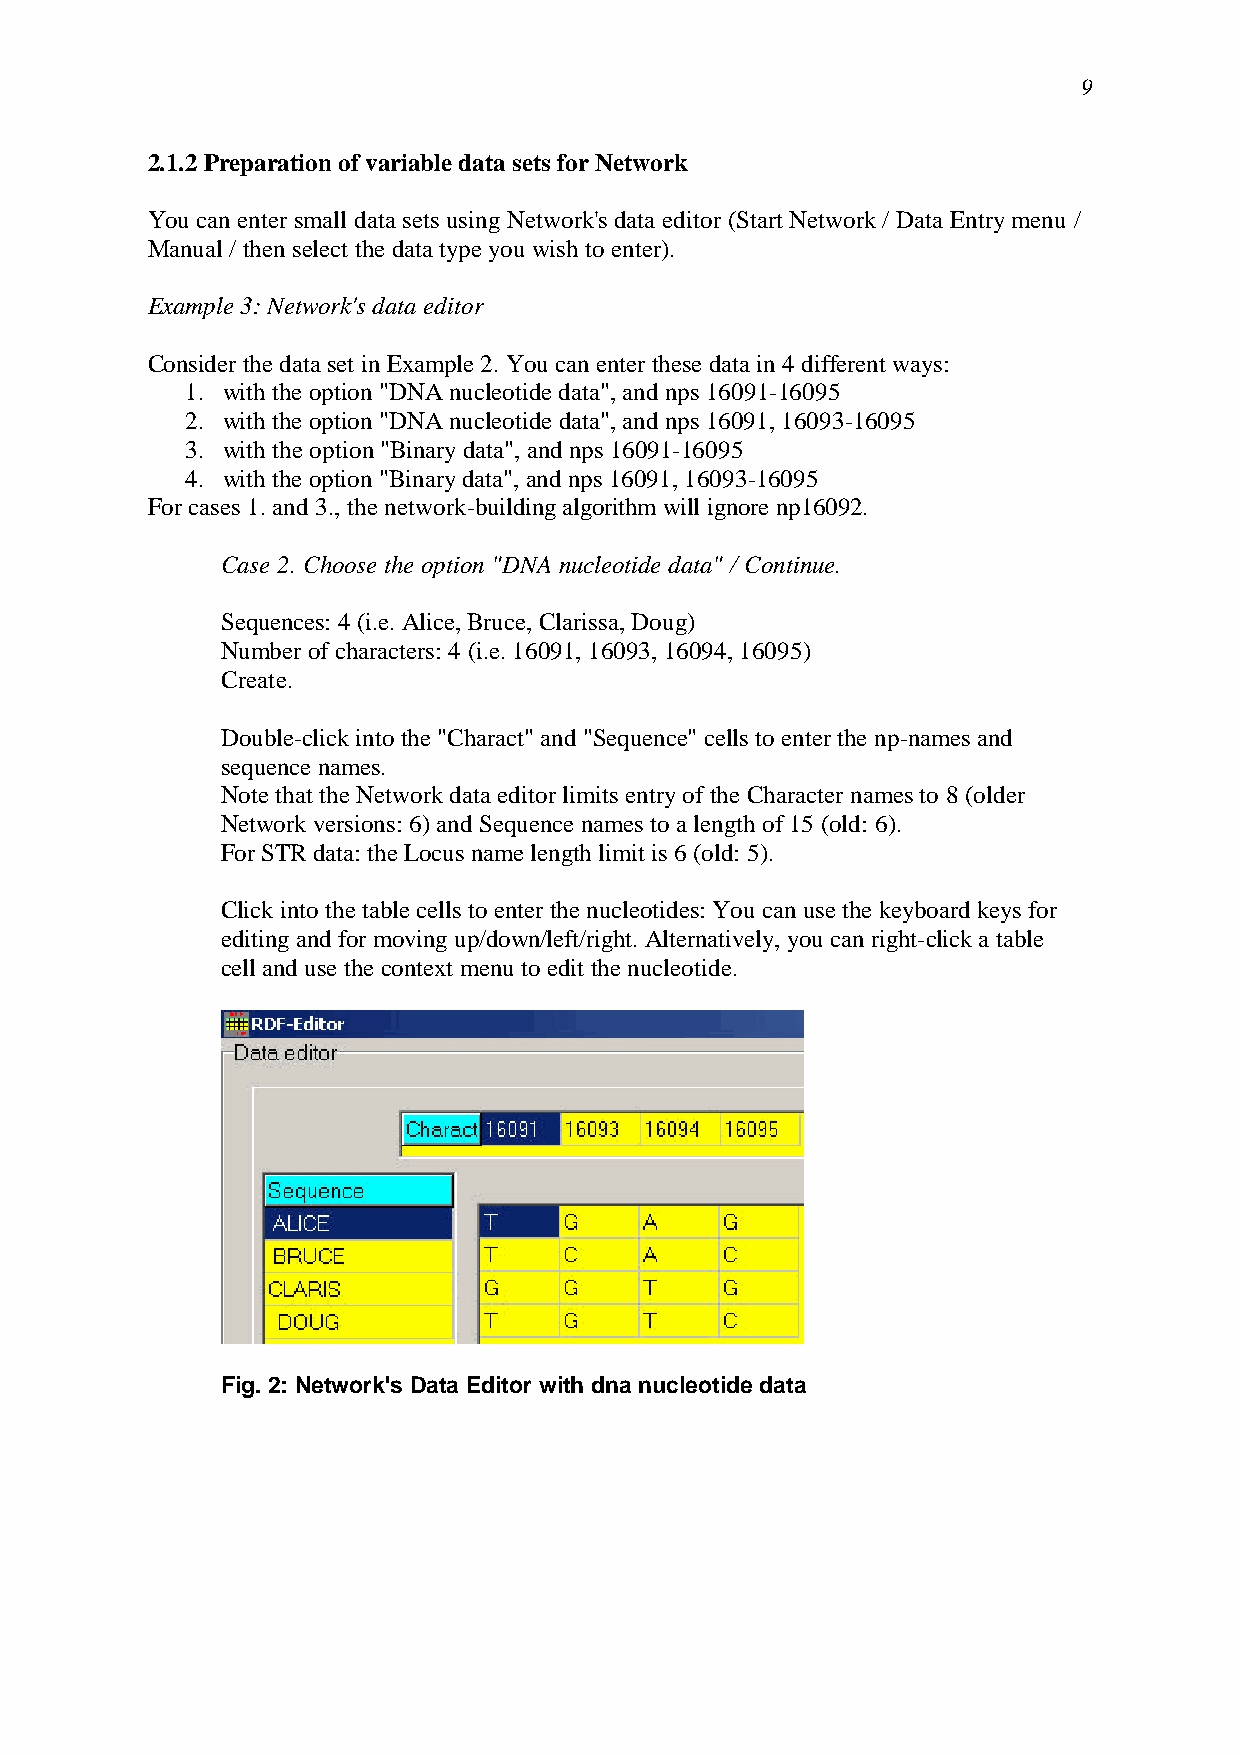
9
 2.1.2 Preparation of variable data sets for Network
 You can enter small data sets using Network's data editor (Start Network / Data Entry menu /
 Manual / then select the data type you wish to enter).
 Example 3: Network's data editor
 Consider the data set in Example 2. You can enter these data in 4 different ways:
 1. with the option "DNA nucleotide data", and nps 16091-16095
 2. with the option "DNA nucleotide data", and nps 16091, 16093-16095
 3. with the option "Binary data", and nps 16091-16095
 4. with the option "Binary data", and nps 16091, 16093-16095
 For cases 1. and 3., the network-building algorithm will ignore np16092.
 Case 2. Choose the option "DNA nucleotide data" / Continue.
 Sequences: 4 (i.e. Alice, Bruce, Clarissa, Doug)
 Number of characters: 4 (i.e. 16091, 16093, 16094, 16095)
 Create.
 Double-click into the "Charact" and "Sequence" cells to enter the np-names and
 sequence names.
 Note that the Network data editor limits entry of the Character names to 8 (older
 Network versions: 6) and Sequence names to a length of 15 (old: 6).
 For STR data: the Locus name length limit is 6 (old: 5).
 Click into the table cells to enter the nucleotides: You can use the keyboard keys for
 editing and for moving up/down/left/right. Alternatively, you can right-click a table
 cell and use the context menu to edit the nucleotide.
 Fig. 2: Network's Data Editor with dna nucleotide data